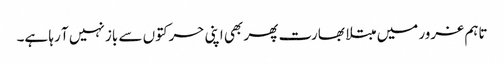
تاہم غرور میں مبتلا بھارت پھر بھی اپنی حرکتوں سے باز نہیں آ رہا ہے۔